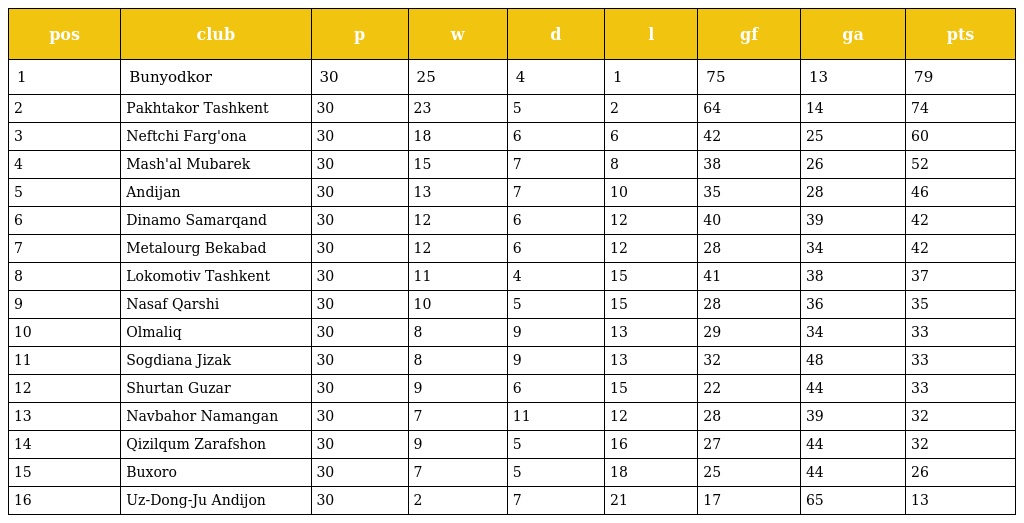
| pos | club | p | w | d | l | gf | ga | pts |
 | --- | --- | --- | --- | --- | --- | --- | --- | --- |
 | 1 | Bunyodkor | 30 | 25 | 4 | 1 | 75 | 13 | 79 |
 | 2 | Pakhtakor Tashkent | 30 | 23 | 5 | 2 | 64 | 14 | 74 |
 | 3 | Neftchi Farg'ona | 30 | 18 | 6 | 6 | 42 | 25 | 60 |
 | 4 | Mash'al Mubarek | 30 | 15 | 7 | 8 | 38 | 26 | 52 |
 | 5 | Andijan | 30 | 13 | 7 | 10 | 35 | 28 | 46 |
 | 6 | Dinamo Samarqand | 30 | 12 | 6 | 12 | 40 | 39 | 42 |
 | 7 | Metalourg Bekabad | 30 | 12 | 6 | 12 | 28 | 34 | 42 |
 | 8 | Lokomotiv Tashkent | 30 | 11 | 4 | 15 | 41 | 38 | 37 |
 | 9 | Nasaf Qarshi | 30 | 10 | 5 | 15 | 28 | 36 | 35 |
 | 10 | Olmaliq | 30 | 8 | 9 | 13 | 29 | 34 | 33 |
 | 11 | Sogdiana Jizak | 30 | 8 | 9 | 13 | 32 | 48 | 33 |
 | 12 | Shurtan Guzar | 30 | 9 | 6 | 15 | 22 | 44 | 33 |
 | 13 | Navbahor Namangan | 30 | 7 | 11 | 12 | 28 | 39 | 32 |
 | 14 | Qizilqum Zarafshon | 30 | 9 | 5 | 16 | 27 | 44 | 32 |
 | 15 | Buxoro | 30 | 7 | 5 | 18 | 25 | 44 | 26 |
 | 16 | Uz-Dong-Ju Andijon | 30 | 2 | 7 | 21 | 17 | 65 | 13 |